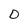
Character: D